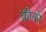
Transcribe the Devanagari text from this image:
क्रीजों